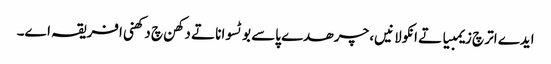
ایدے اتر چ زیمبیا تے انکولا نیں، چرھدے پاسے بوٹسوانا تے دکھن چ دکھنی افریقہ اے۔